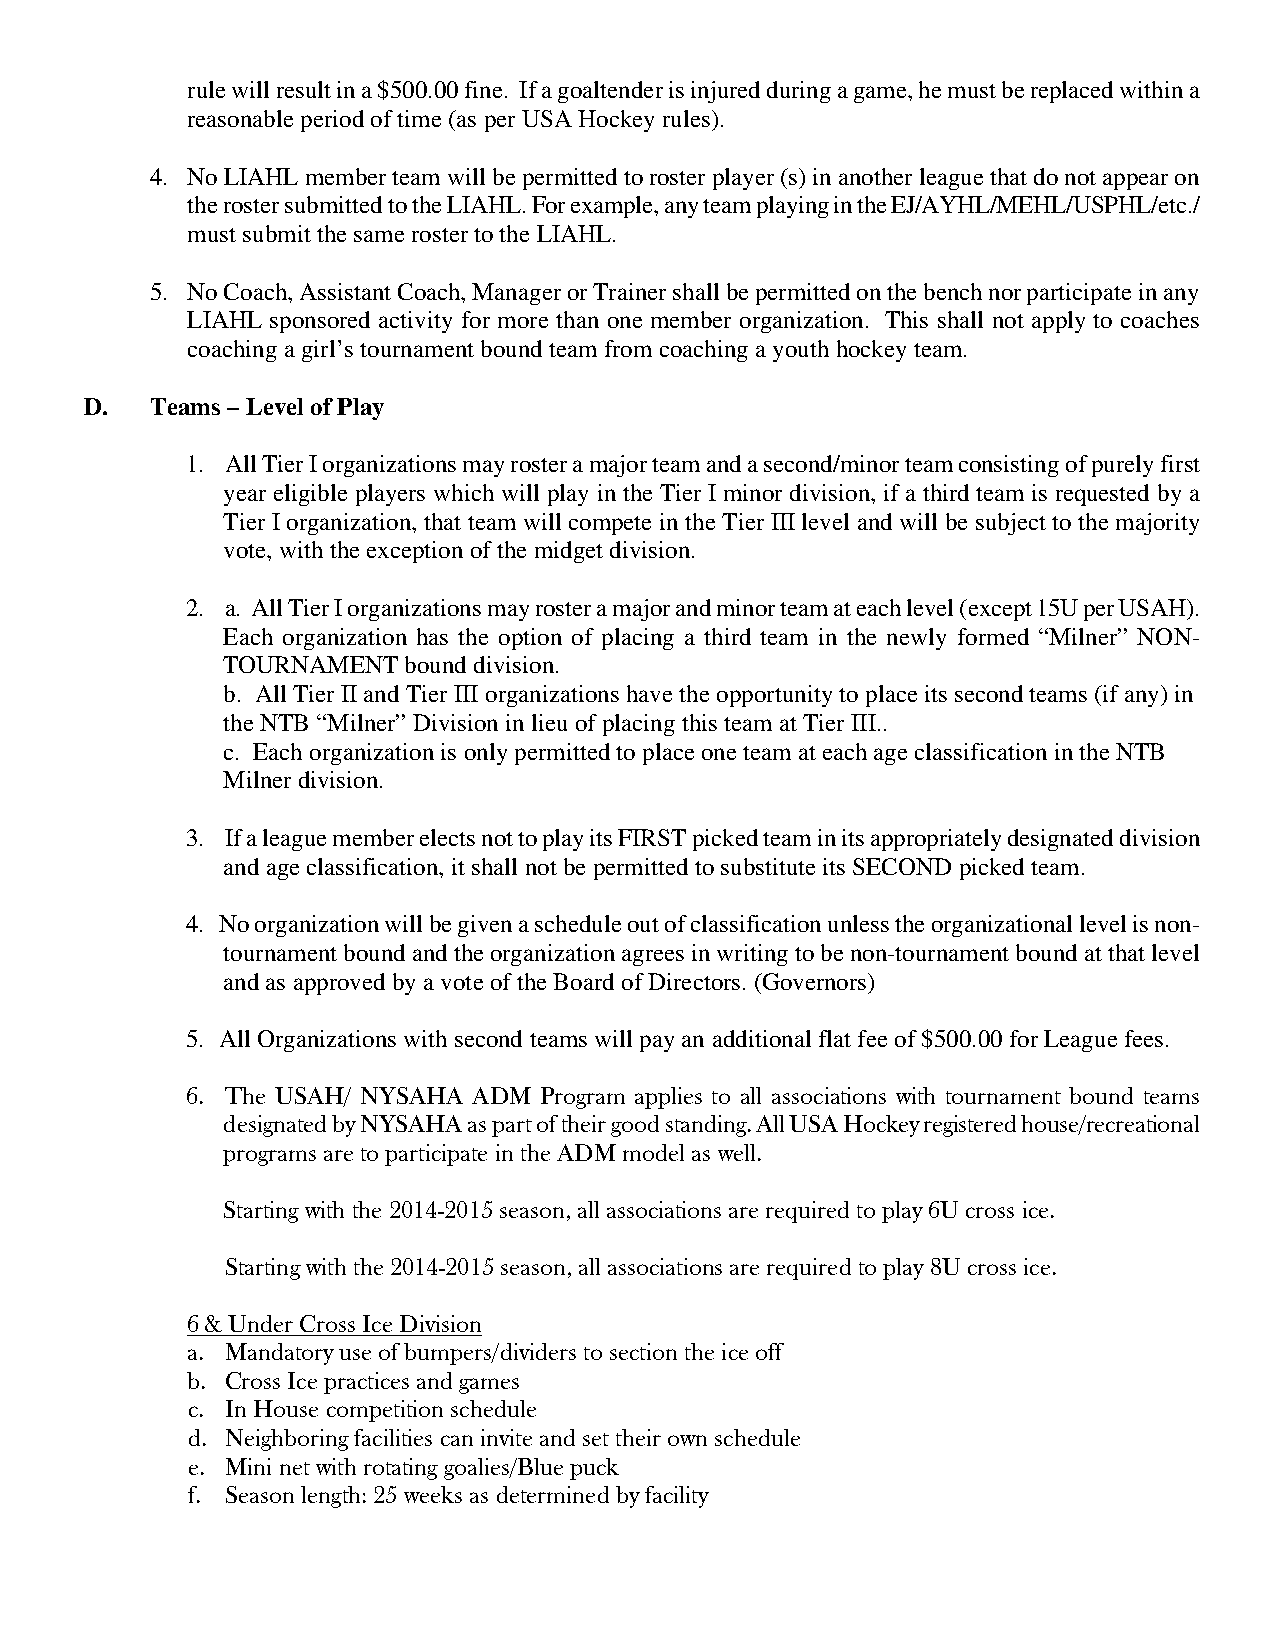
rule will result in a $500.00 fine. If a goaltender is injured during a game, he must be replaced within a
 reasonable period of time (as per USA Hockey rules).
 4. No LIAHL member team will be permitted to roster player (s) in another league that do not appear on
 the roster submitted to the LIAHL. For example, any team playing in the EJ/AYHL/MEHL/USPHL/etc./
 must submit the same roster to the LIAHL.
 5. No Coach, Assistant Coach, Manager or Trainer shall be permitted on the bench nor participate in any
 LIAHL sponsored activity for more than one member organization. This shall not apply to coaches
 coaching a girl’s tournament bound team from coaching a youth hockey team.
 D.  Teams – Level of Play
 1. All Tier I organizations may roster a major team and a second/minor team consisting of purely first
 year eligible players which will play in the Tier I minor division, if a third team is requested by a
 Tier I organization, that team will compete in the Tier III level and will be subject to the majority
 vote, with the exception of the midget division.
 2. a. All Tier I organizations may roster a major and minor team at each level (except 15U per USAH).
 Each organization has the option of placing a third team in the newly formed “Milner” NON-
 TOURNAMENT  bound division.
 b. All Tier II and Tier III organizations have the opportunity to place its second teams (if any) in
 the NTB “Milner” Division in lieu of placing this team at Tier III..
 c. Each organization is only permitted to place one team at each age classification in the NTB
 Milner division.
 3. If a league member elects not to play its FIRST picked team in its appropriately designated division
 and age classification, it shall not be permitted to substitute its SECOND picked team.
 4. No organization will be given a schedule out of classification unless the organizational level is non-
 tournament bound and the organization agrees in writing to be non-tournament bound at that level
 and as approved by a vote of the Board of Directors. (Governors)
 5. All Organizations with second teams will pay an additional flat fee of $500.00 for League fees.
 6. The USAH/ NYSAHA ADM Program applies to all associations with tournament bound teams
 designated by NYSAHA as part of their good standing. All USA Hockey registered house/recreational
 programs are to participate in the ADM model as well.
 Starting with the 2014-2015 season, all associations are required to play 6U cross ice.
 Starting with the 2014-2015 season, all associations are required to play 8U cross ice.
 6 & Under Cross Ice Division
 a. Mandatory use of bumpers/dividers to section the ice off
 b. Cross Ice practices and games
 c. In House competition schedule
 d. Neighboring facilities can invite and set their own schedule
 e. Mini net with rotating goalies/Blue puck
 f. Season length: 25 weeks as determined by facility